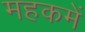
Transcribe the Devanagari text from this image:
महकमें